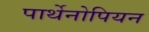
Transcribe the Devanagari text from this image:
पार्थेनोपियन